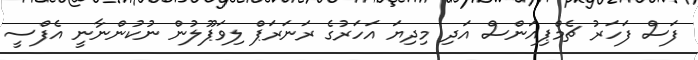
ފަސް ފަހަރު ޗެމްޕިއަންސް އަދި މިދިޔަ އަހަރުގެ ރަނަރަޕް ލިވަޕޫލުން ނުކުންނާނީ އެފްސީ